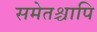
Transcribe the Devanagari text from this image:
समेतश्चापि